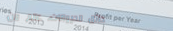
حدائق الحيوانات، عالم من